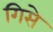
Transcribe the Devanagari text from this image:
गिसे